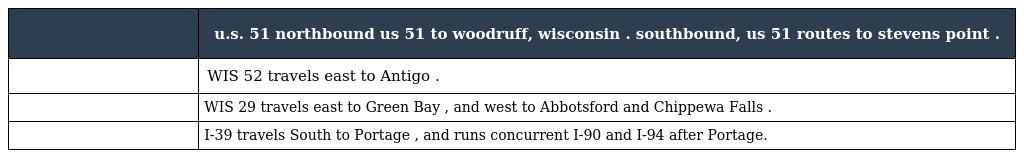
|  | u.s. 51 northbound us 51 to woodruff, wisconsin . southbound, us 51 routes to stevens point . |
 | --- | --- |
 |  | WIS 52 travels east to Antigo . |
 |  | WIS 29 travels east to Green Bay , and west to Abbotsford and Chippewa Falls . |
 |  | I-39 travels South to Portage , and runs concurrent I-90 and I-94 after Portage. |